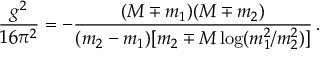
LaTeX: \frac { g ^ { 2 } } { 1 6 \pi ^ { 2 } } = - \frac { ( M \mp m _ { 1 } ) ( M \mp m _ { 2 } ) } { ( m _ { 2 } - m _ { 1 } ) [ m _ { 2 } \mp M \log ( m _ { 1 } ^ { 2 } / m _ { 2 } ^ { 2 } ) ] } \, .